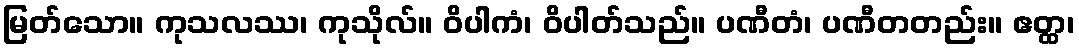
မြတ်သော။ ကုသလဿ၊ ကုသိုလ်။ ဝိပါကံ၊ ဝိပါတ်သည်။ ပဏီတံ၊ ပဏီတတည်း။ ဧတ္ထ၊